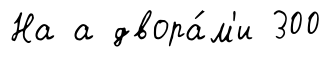
На а двора́м'и 300